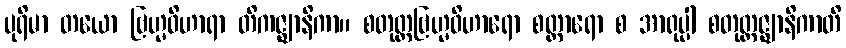
ပုရိမာ တယော ဗြဟ္မဝိဟာရာ တိကဇ္ဈာနိကာ။ စတုတ္ထဗြဟ္မဝိဟာရော စတ္တာရော စ အာရုပ္ပါ စတုတ္ထဇ္ဈာနိကာတိ